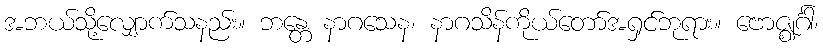
အဘယ်သို့လျှောက်သနည်း။ ဘန္တေ နာဂသေန၊ နာဂသိန်ကိုယ်တော်အရှင်ဘုရား။ ဗောဇ္ဈင်္ဂါ၊